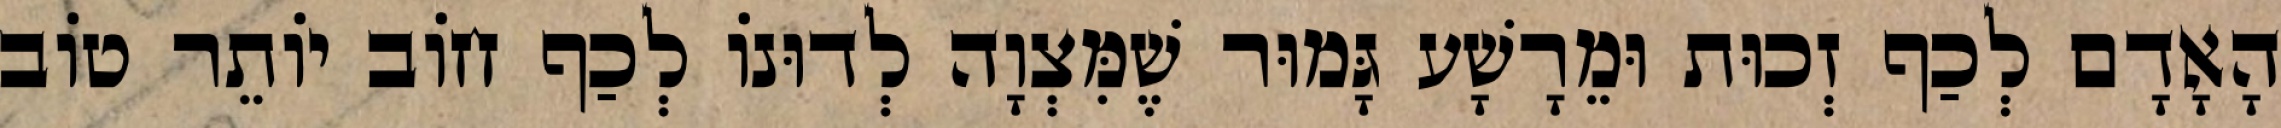
הָאָדָם לְכַף זְכוּת וּמֵרָשָׁע גָּמוּר שֶׁמִּצְוָה לְדוּנוֹ לְכַף חוֹב יוֹתֵר טוֹב